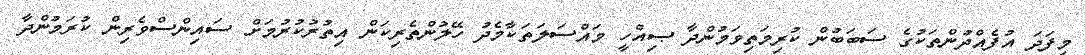
މިފަދަ އުފެއްދުންތަކުގެ ސަބަބުން ކުރިމަތިވަމުންދާ ޞިއްހީ މައްސަލަތަކާމެދު ހޭލުންތެރިކަން އިތުރުކުރުމަށް ސައިންސްވެރިން ކުރަމުންދާ